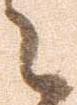
々